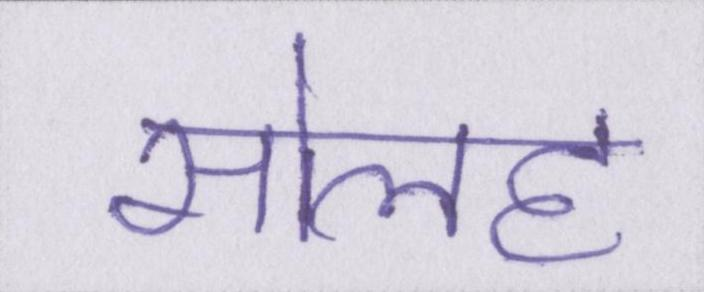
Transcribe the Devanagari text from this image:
सोलह